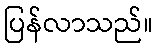
ပြန်လာသည်။